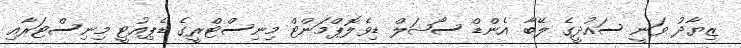
ޒިޔާދު ވަނީ ސައުދީގެ ލޭބާ އެންޑް ސޯޝަލް ޑިވެލޮޕްމަންޓް މިނިސްޓްރީގެ ޑެޕިއުޓީ މިނިސްޓަރާއި